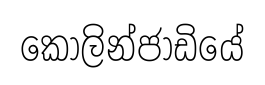
කොලින්ජාඩියේ